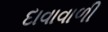
દાવાવાળી